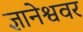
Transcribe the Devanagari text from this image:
ज्ञानेश्ववर